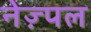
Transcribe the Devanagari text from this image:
नेज़्पल